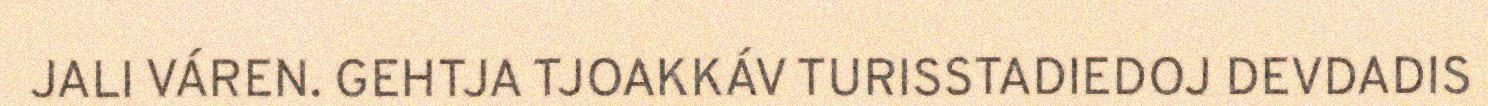
JALI VÁREN. GEHTJA TJOAKKÁV TURISSTADIEDOJ DEVDADIS